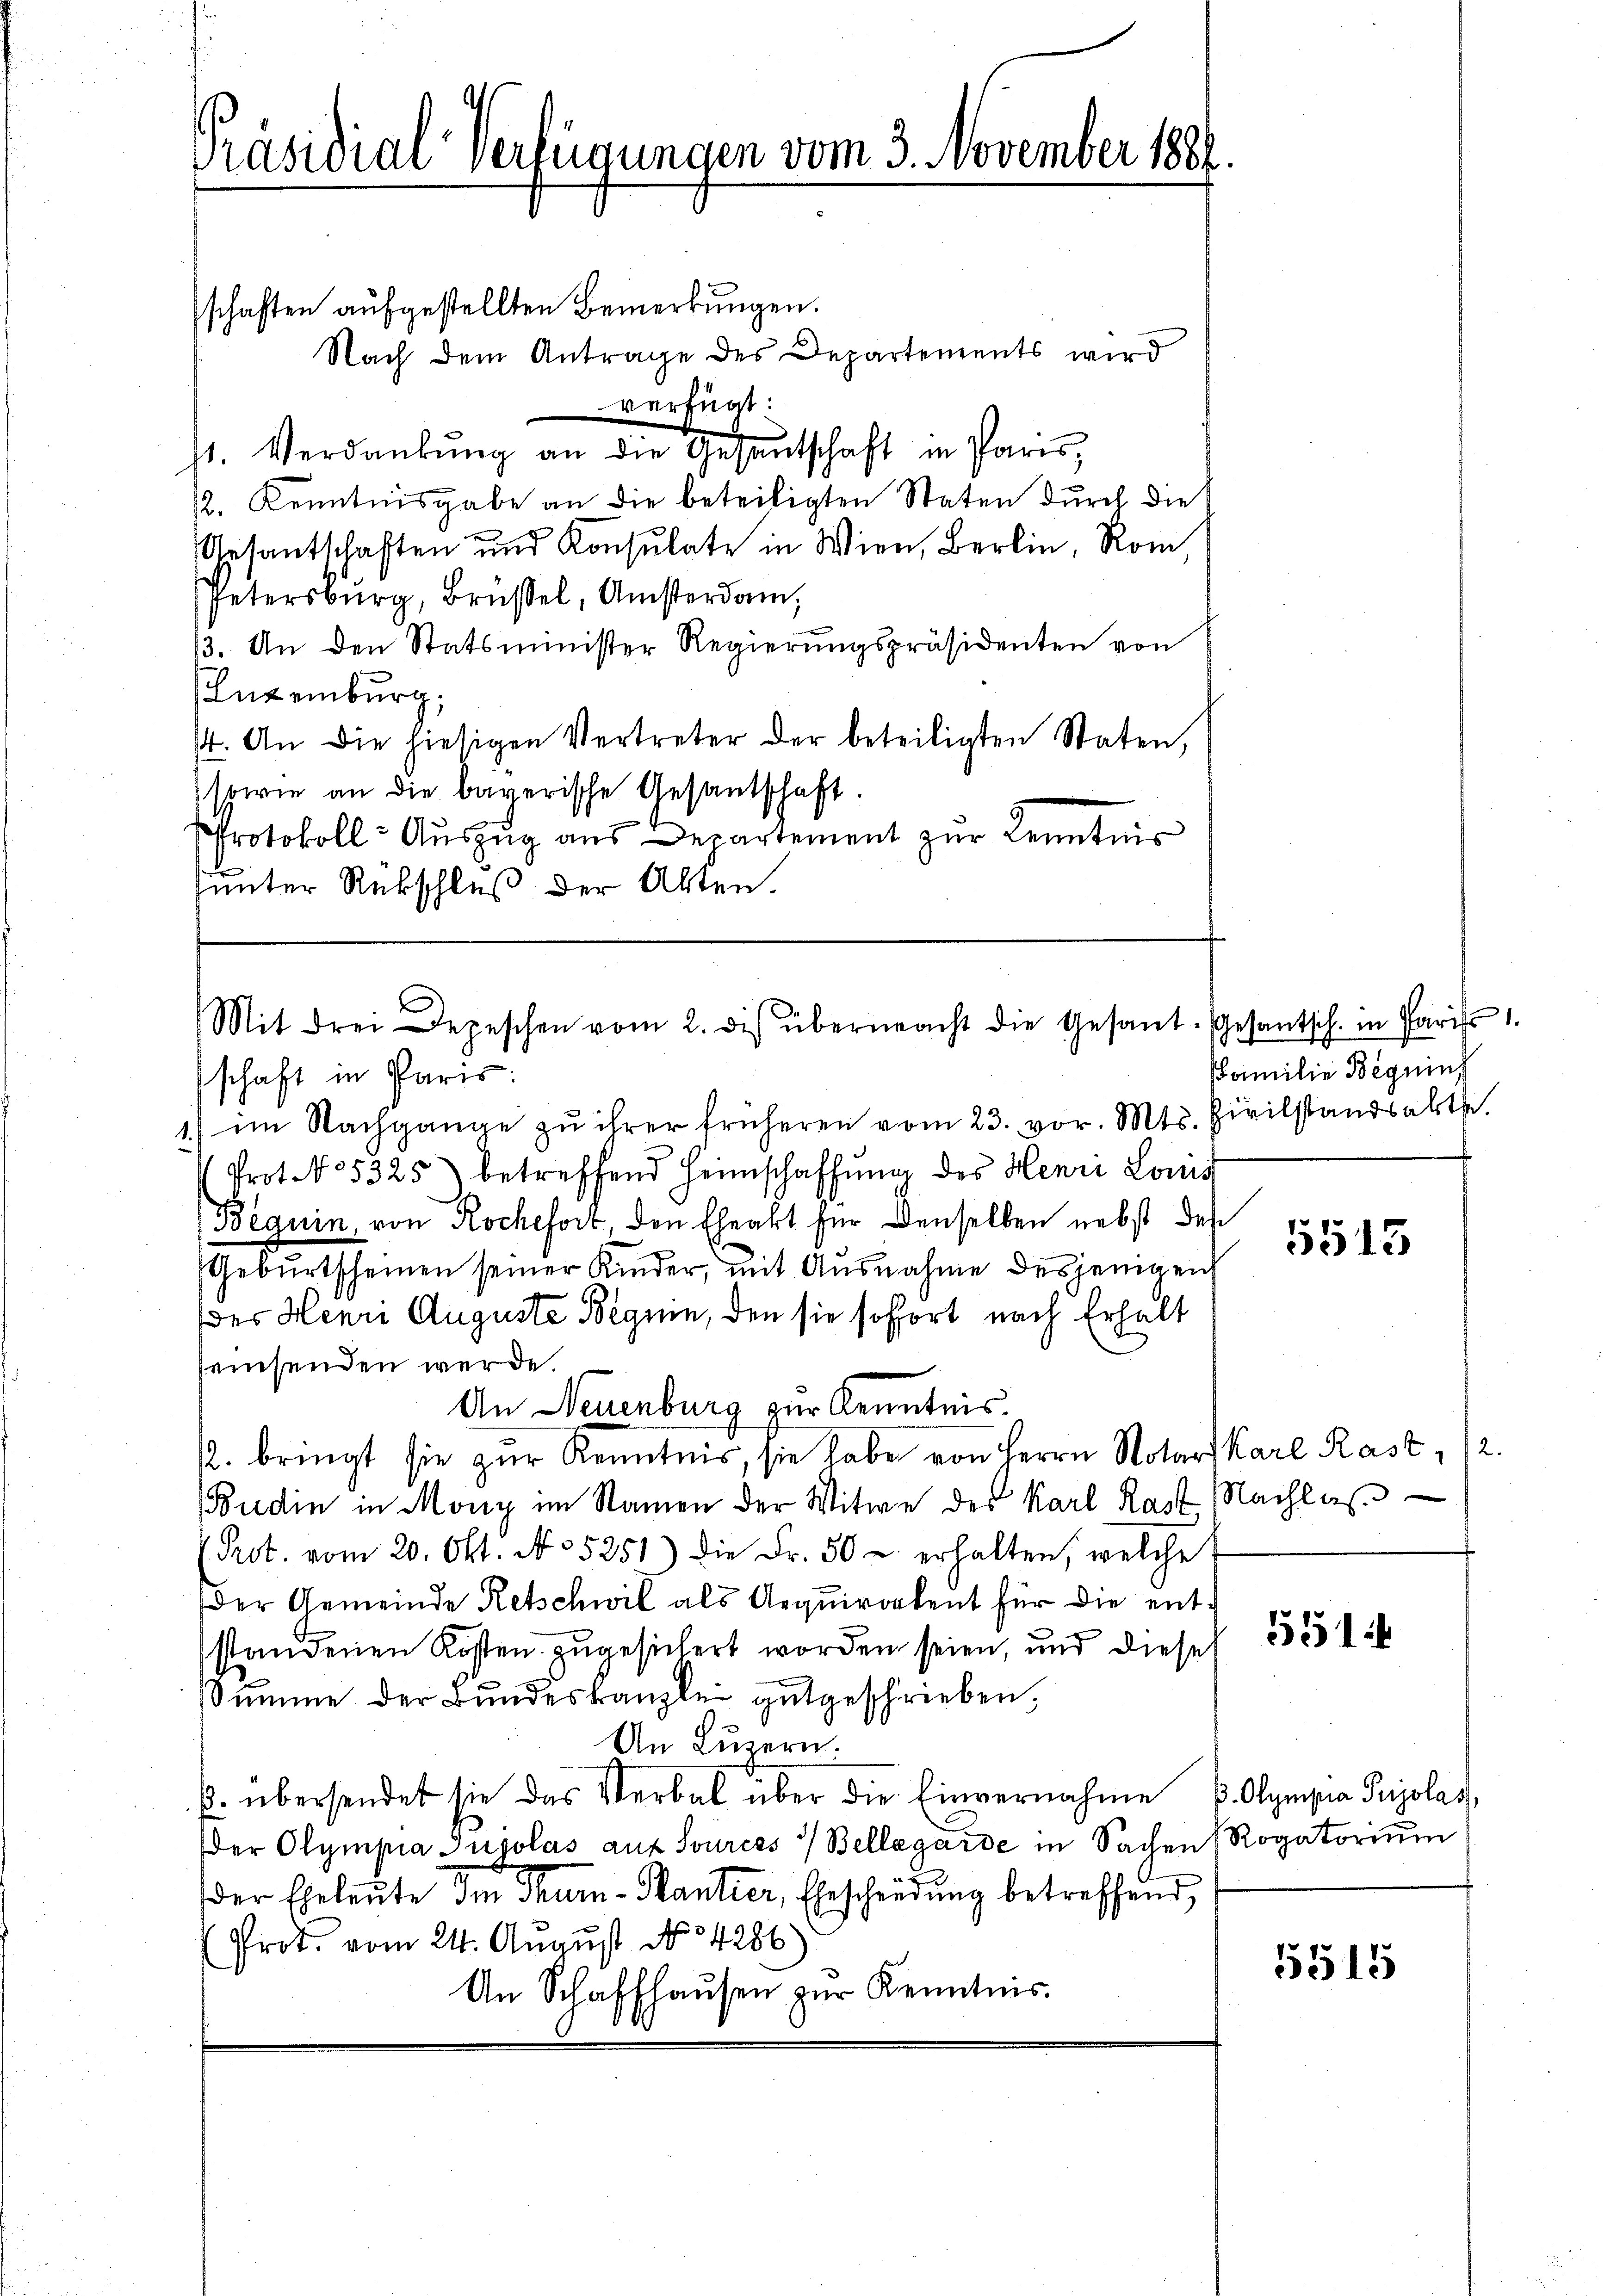
Präsidialverfügungen vom 3. November 1888.

schaften aufgestellten Bemerkungen.
Nach dem Antrage des Departements wird
verfügt:
st. Verdankŭng an die Gesantschaft in Paris,
½. Kenntnisgabe an die beteiligten Staten durch die
Gesantschaften und Konsulate in Wien, Berlin, Rom,
Petersburg, Brüssel, Amsterdam,
13. An den Statsminister Regierungspräsidenten von
Entenburg,
st. An die hiesigen Vertreter der beteiligten Staten,
(sowie an die bayerische Gesantschaft.
Protokoll- Auszug aus Departement zur Kenntnis
sunter Rückschluß der Alten.

Mit drei Depeschen vom 2. dis übermacht die Gesant-Gesantsch. in Paris 1.

schaft in Paris.
1) im Nachgange zu ihrer früheren vom 23. vor. Mts. Zivilstandsabthe
Prot No 5325) betreffend Heimschaffŭng des Henri Loms
Beguin von Rochefort, den Eheakt für denselben nebst den
Gebŭrtscheinen seiner Kinder, mit Ausnahme desjenigen
der Henri Auguste Beguin, den sie sofort nach Erhalt
seinsenden werde.
An Neuenburg zur Kenntnis.
2. bringt sie zŭr Kenntnis, sie habe von Herrn Notar Karl Rast, 12.
(Budin in Mony im Namen der Witwe des Karl Rast Nachlas
(Prot. vom 20. Okt. No 5251) die Fr. 50 u. erhalten, welche
Der Gemeinde Retschwil als Aequirokent für die entstandenen Kosten zugesichert worden seien, und diese
Summe der Bundeskanzlei gutgeschrieben,
An Luzern.
β. übersendet sie das Verbal über die Einvernahme . Olympia Pujolas,
Der Olympia Jujolas auf Sources / Bellegarde in Sachen Rogatorium
der Eheleute den Thur-Kantier, Ehescheidŭng betreffend,
Prot. vom 24. August No 4286)
An Schaffhausen zur Kenntnis.

Familie Beguins

5515

551

5515